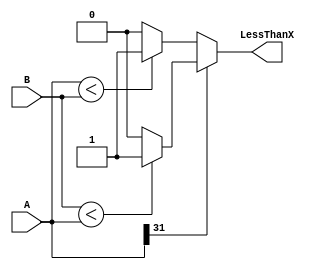
`timescale 1ns / 1ps
//////////////////////////////////////////////////////////////////////////////////
// Company: 
// Engineer: 
// 
// Design Name: 
// Module Name: set_on_less_than_unit
// Project Name: 
// Target Devices: 
// Tool Versions: 
// Description: 
// 
// Dependencies: 
// 
// Revision:
// Revision 0.01 - File Created
// Additional Comments:
// 
//////////////////////////////////////////////////////////////////////////////////


module set_on_less_than_unit(A,B,LessThanX);
input [31:0] A, B;
output LessThanX;
reg LessThanX;
   
always @(A, B) begin
    if (A[31] == 1) begin
        LessThanX <= B < A ? 1 : 0;
	end else begin
        LessThanX <= A < B ? 1 : 0;			
    end
end

endmodule